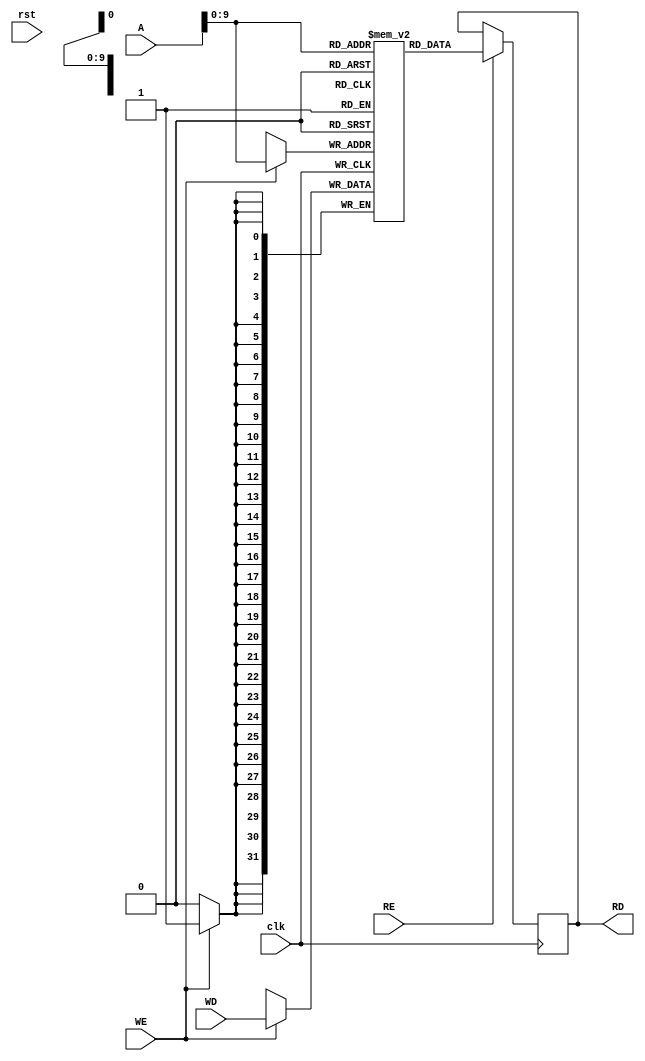
module Data_Memory(clk,rst,WE,RE,WD,A,RD);

    input clk,rst,WE,RE;    // Write Enable, Read Enable
    input [31:0]A,WD;       // Address, Write Data
    output reg [31:0]RD;        // Read Data

    reg [31:0] mem [1023:0];

    always @ (posedge clk)
    begin
        if(WE)
            mem[A] <= WD;
        if(RE)
            RD <= mem[A];
    end


endmodule